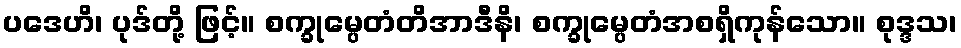
ပဒေဟိ၊ ပုဒ်တို့ ဖြင့်။ စက္ခုမ္ပေတံတိအာဒီနိ၊ စက္ခုမ္ပေတံအစရှိကုန်သော။ စုဒ္ဒသ၊